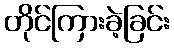
တိုင်ကြားခဲ့ခြင်း